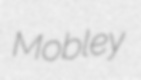
Mobley